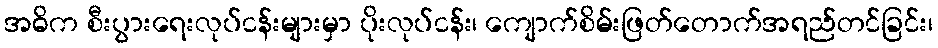
အဓိက စီးပွားရေးလုပ်ငန်းများမှာ ပိုးလုပ်ငန်း၊ ကျောက်စိမ်းဖြတ်တောက်အရည်တင်ခြင်း၊